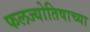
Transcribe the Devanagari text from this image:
फलज्योतिषाच्या